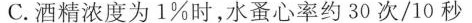
C.酒精浓度为1%时，水蚤心率约30次/10秒